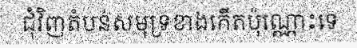
ជុំវិញតំបន់សមុទ្រខាងកើតប៉ុណ្ណោះទេ